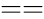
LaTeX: ==